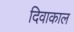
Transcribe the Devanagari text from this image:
दिवाकाल